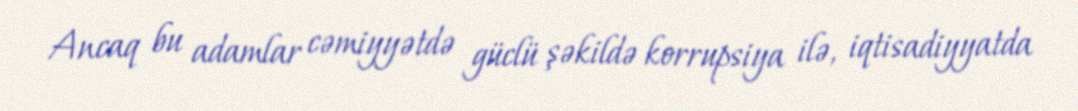
Ancaq bu adamlar cəmiyyətdə güclü şəkildə korrupsiya ilə, iqtisadiyyatda